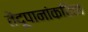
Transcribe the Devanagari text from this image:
तेंदूपानांकरिता